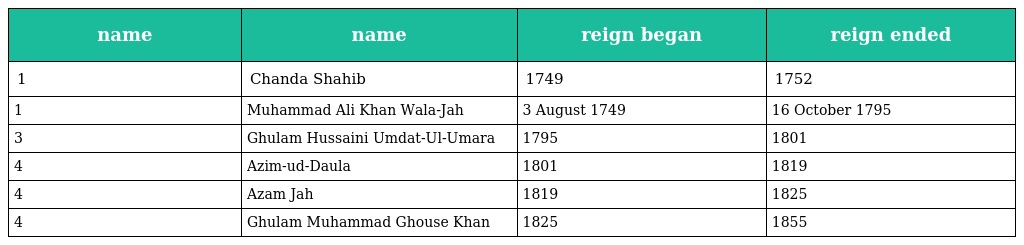
| name | name | reign began | reign ended |
 | --- | --- | --- | --- |
 | 1 | Chanda Shahib | 1749 | 1752 |
 | 1 | Muhammad Ali Khan Wala-Jah | 3 August 1749 | 16 October 1795 |
 | 3 | Ghulam Hussaini Umdat-Ul-Umara | 1795 | 1801 |
 | 4 | Azim-ud-Daula | 1801 | 1819 |
 | 4 | Azam Jah | 1819 | 1825 |
 | 4 | Ghulam Muhammad Ghouse Khan | 1825 | 1855 |